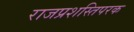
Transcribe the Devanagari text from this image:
राजप्रशस्तिपरक